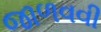
જાળવવી